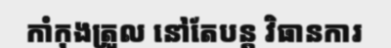
កាំកុងត្រួល នៅតែបន្ត វិធានការ